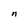
Character: n